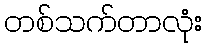
တစ်သက်တာလုံး